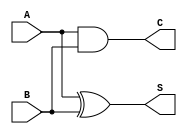
module HalfAdder (
    input wire A,      // First input bit
    input wire B,      // Second input bit
    output wire S,     // Sum output
    output wire C      // Carry output
);

// Sum output using XOR logic function
assign S = A ^ B;

// Carry output using AND logic function
assign C = A & B;

endmodule